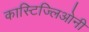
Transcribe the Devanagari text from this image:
कास्टिज्लिओनी